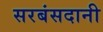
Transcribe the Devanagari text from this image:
सरबंसदानी